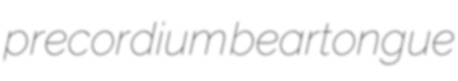
precordium beartongue